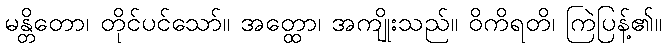
မန္တိတော၊ တိုင်ပင်သော်။ အတ္ထော၊ အကျိုးသည်။ ဝိကိရတိ၊ ကြဲပြန့်၏။